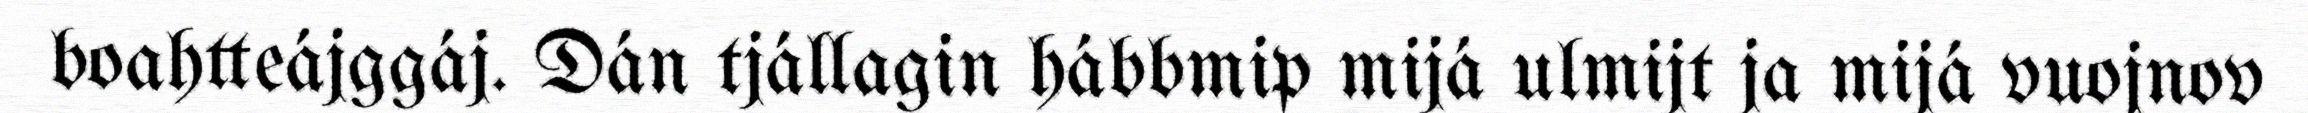
boahtteájggáj. Dán tjállagin hábbmip mijá ulmijt ja mijá vuojnov